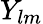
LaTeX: Y_{lm}